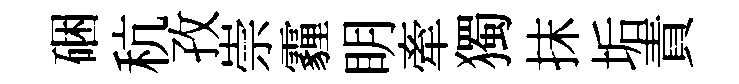
硱秔孜崇霾眀牽獨抹垢責